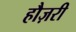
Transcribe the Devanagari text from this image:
हौज़री